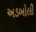
અડબોલી